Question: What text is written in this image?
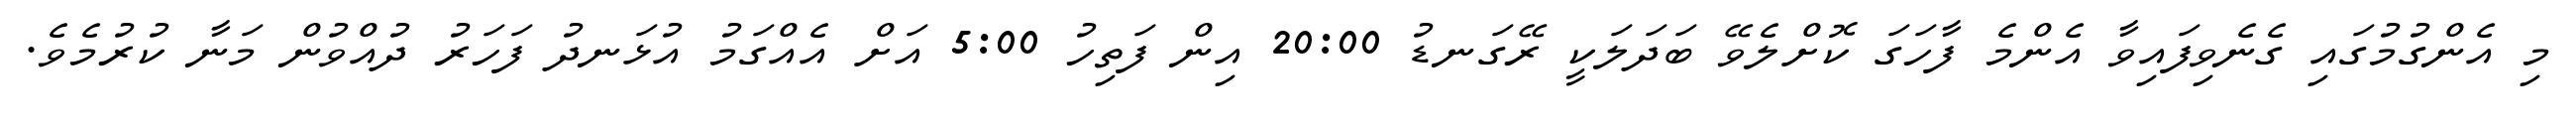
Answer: މި އެންގުމުގައި ގެނެވިފައިވާ އެންމެ ފާހަގަ ކޮށްލެވޭ ބަދަލަކީ ރޭގަނޑު 20:00 އިން ފަތިހު 5:00 އަށް އެއްގަމު އުޅަނދު ފަހަރު ދުއްވުން މަނާ ކުރުމެވެ.